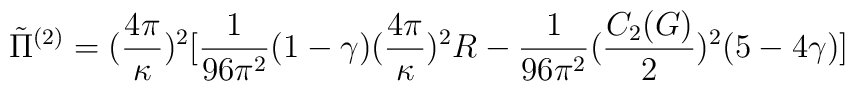
\tilde{\Pi}^{(2)} = (\frac{4\pi}{\kappa})^2[                  \frac{1}{96\pi^2}(1-\gamma) (\frac{4\pi}{\kappa})^2 R                - \frac{1}{96\pi^2}(\frac{C_2 (G)}{2})^2 (5 -4\gamma )]